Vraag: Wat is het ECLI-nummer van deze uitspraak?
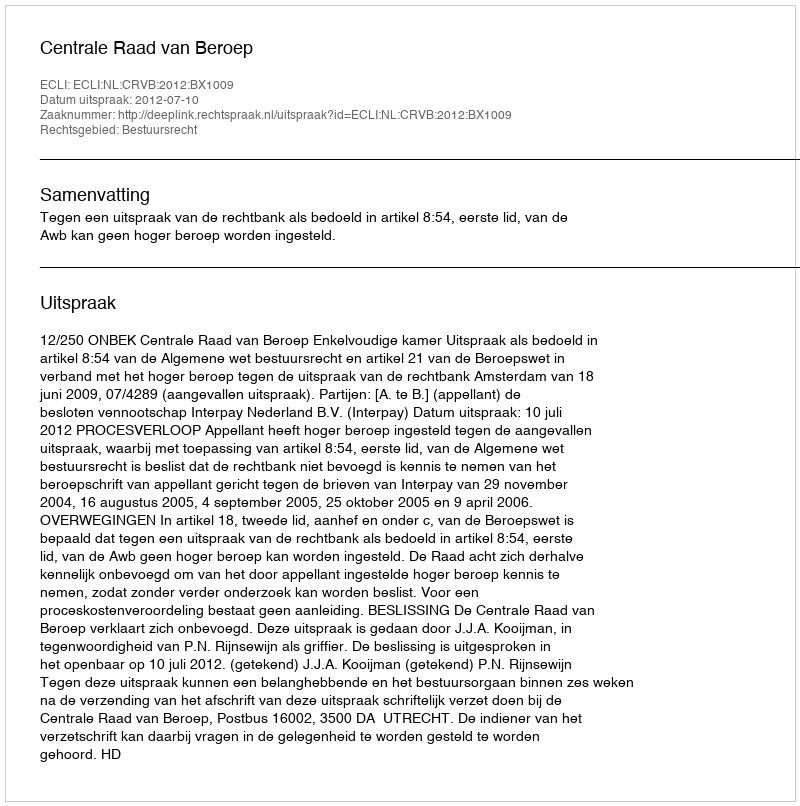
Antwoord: ECLI:NL:CRVB:2012:BX1009